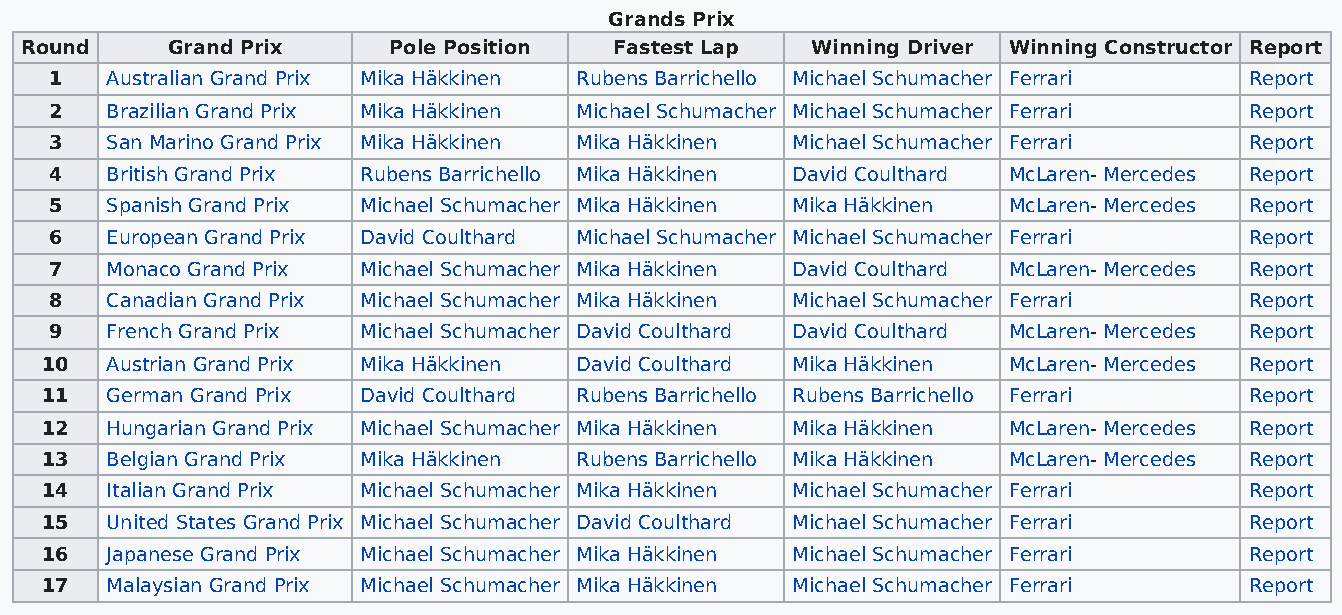
Grands Prix
 Round     Grand Prix     Pole Position  Fastest Lap  Winning Driver Winning Constructor Report
 1   Australian Grand Prix Mika Häkkinen Rubens Barrichello Michael Schumacher Ferrari Report
 2   Brazilian Grand Prix Mika Häkkinen Michael Schumacher Michael Schumacher Ferrari Report
 3   San Marino Grand Prix Mika Häkkinen Mika Häkkinen Michael Schumacher Ferrari Report
 4   British Grand Prix Rubens Barrichello Mika Häkkinen David Coulthard McLaren- Mercedes Report
 5   Spanish Grand Prix Michael Schumacher Mika Häkkinen Mika Häkkinen McLaren- Mercedes Report
 6   European Grand Prix David Coulthard Michael Schumacher Michael Schumacher Ferrari Report
 7   Monaco Grand Prix Michael Schumacher Mika Häkkinen David Coulthard McLaren- Mercedes Report
 8   Canadian Grand Prix Michael Schumacher Mika Häkkinen Michael Schumacher Ferrari Report
 9   French Grand Prix Michael Schumacher David Coulthard David Coulthard McLaren- Mercedes Report
 10  Austrian Grand Prix Mika Häkkinen David Coulthard Mika Häkkinen McLaren- Mercedes Report
 11  German Grand Prix David Coulthard Rubens Barrichello Rubens Barrichello Ferrari Report
 12  Hungarian Grand Prix Michael Schumacher Mika Häkkinen Mika Häkkinen McLaren- Mercedes Report
 13  Belgian Grand Prix Mika Häkkinen Rubens Barrichello Mika Häkkinen McLaren- Mercedes Report
 14  Italian Grand Prix Michael Schumacher Mika Häkkinen Michael Schumacher Ferrari Report
 15  United States Grand Prix Michael Schumacher David Coulthard Michael Schumacher Ferrari Report
 16  Japanese Grand Prix Michael Schumacher Mika Häkkinen Michael Schumacher Ferrari Report
 17  Malaysian Grand Prix Michael Schumacher Mika Häkkinen Michael Schumacher Ferrari Report